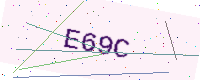
Text: E69C